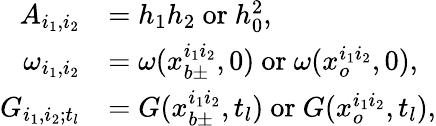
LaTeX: \begin{array}{rl}{A_{i_{1},i_{2}}}&{=h_{1}h_{2}\mathrm{~or~}h_{0}^{2},}\\ {\omega_{i_{1},i_{2}}}&{=\omega(x_{b\pm}^{i_{1}i_{2}},0)\mathrm{~or~}\omega(x_{o}^{i_{1}i_{2}},0),}\\ {G_{i_{1},i_{2};t_{l}}}&{=G(x_{b\pm}^{i_{1}i_{2}},t_{l})\mathrm{~or~}G(x_{o}^{i_{1}i_{2}},t_{l}),}\end{array}